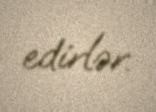
edirlər.